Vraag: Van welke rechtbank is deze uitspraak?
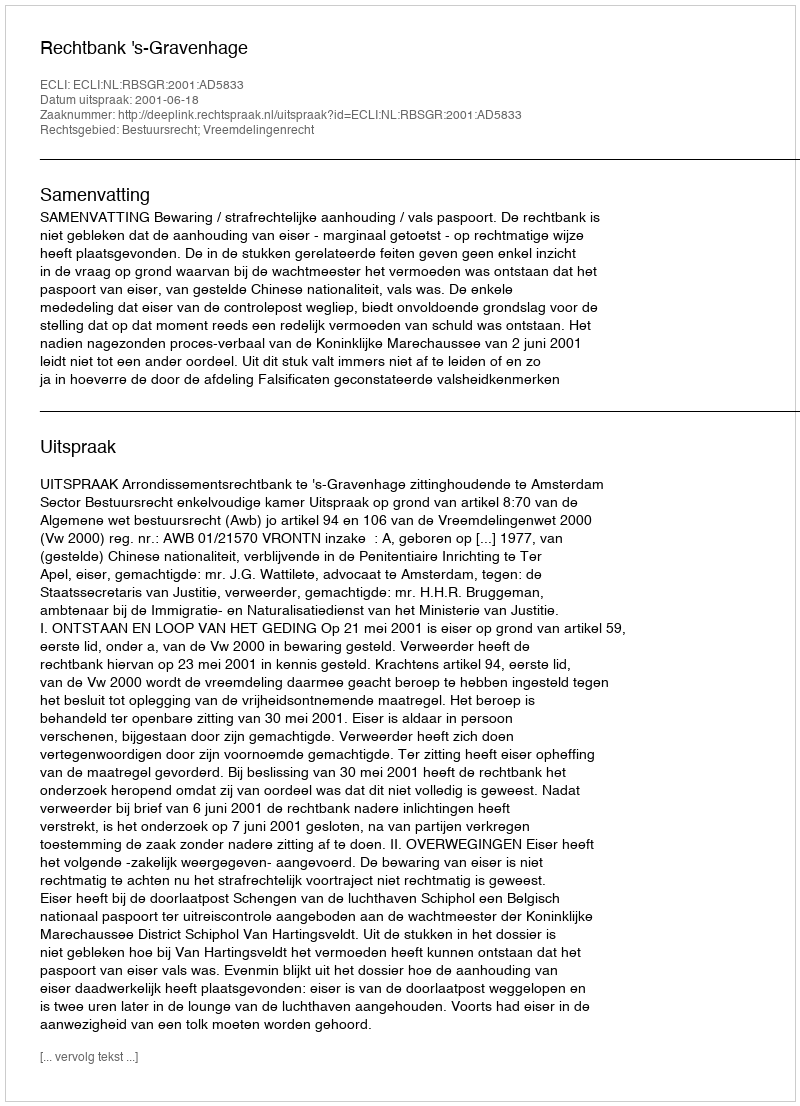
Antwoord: Rechtbank 's-Gravenhage